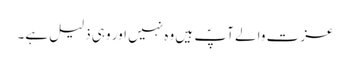
عزت والے آپؐ ہیں وہ نہیں اور وہی ذلیل ہے۔